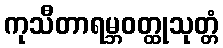
ကုသီတာရမ္ဘဝတ္ထုသုတ္တံ